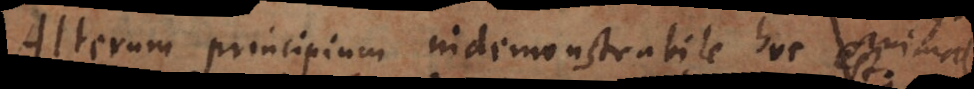
Alterum principium indemonstrabile hoc est: